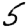
Digit: 5